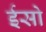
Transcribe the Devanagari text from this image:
ईसो